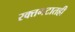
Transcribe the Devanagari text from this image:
रक्तगटातही